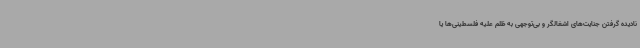
نادیده گرفتن جنایت‌های اشغالگر و بی‌توجهی به ظلم علیه فلسطینی‌ها یا